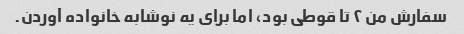
سفارش من ۲ تا قوطی بود، اما برای یه نوشابه خانواده آوردن.